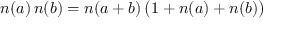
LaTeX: n ( a ) \, n ( b ) = n ( a + b ) \, \bigl ( 1 + n ( a ) + n ( b ) \bigr )